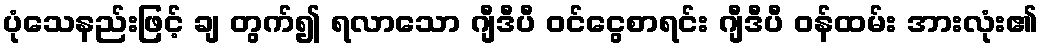
ပုံသေနည်းဖြင့် ချ တွက်၍ ရလာသော ဂျီဒီပီ ဝင်ငွေစာရင်း ဂျီဒီပီ ဝန်ထမ်း အားလုံး၏